Annual report of the Punjab Veterinary College and of the Civil Veterinary Department, Punjab - 1926-1932
Year: 1926
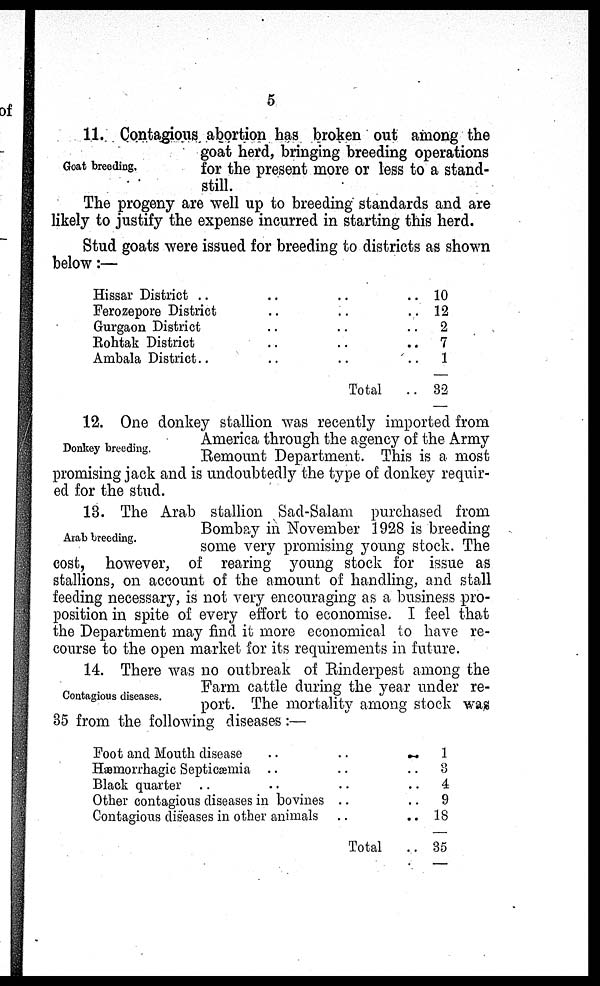
5
Goat breeding.
11. Contagious abortion has broken out among the
goat herd, bringing breeding operations
for the present more or less to a stand-
still.
The progeny are well up to breeding standards and are
likely to justify the expense incurred in starting this herd.
Stud goats were issued for breeding to districts as shown
below:—
Hissar District ..
..
..
..
Ferozepore District..
..
..
Gurgaon District..
..
Rohtak
District..
..
..
Ambala District.. .. .. ..
Total ..
10
12
2
7
1
32
Donkey breeding.
12. One donkey stallion was recently imported from
America through the agency of the Army
Remount Department. This is a most
promising jack and is undoubtedly the type of donkey requir-
ed for the stud.
Arab breeding.
13. The Arab stallion Sad-Salam purchased from
Bombay in November 1928 is breeding
some very promising young stock. The
cost, however, of rearing young stock for issue as
stallions, on account of the amount of handling, and stall
feeding necessary, is not very encouraging as a business pro-
position in spite of every effort to economise. I feel that
the Department may find it more economical to have re-
course to the open market for its requirements in future.
Contagious diseases.
14. There was no outbreak of Rinderpest among the
Farm cattle during the year under re-
port. The mortality among stock was
35 from the following diseases:—
Foot and Mouth disease
..
..
Hæmorrhagic Septicæmia .. ..
Black quarter .. .. ..
Other contagious diseases in bovines ..
Contagious diseases in other animals ..
Total
1
3
4
9
18
35